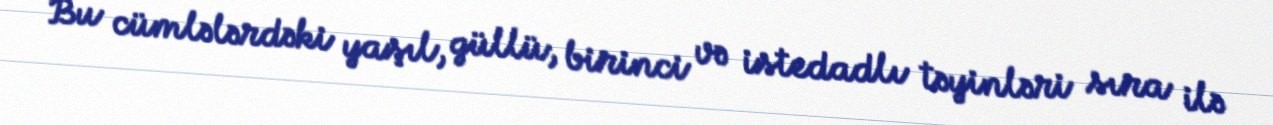
Bu cümlələrdəki yaşıl, güllü, birinci və istedadlı təyinləri sıra ilə